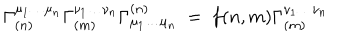
\Gamma _ { ( n ) } ^ { \mu _ { 1 } \ldots \mu _ { n } } \Gamma _ { ( m ) } ^ { \nu _ { 1 } \ldots \nu _ { n } } \Gamma _ { \mu _ { 1 } \ldots \mu _ { n } } ^ { ( n ) } ~ = ~ f ( n , m ) \Gamma _ { ( m ) } ^ { \nu _ { 1 } \ldots \nu _ { n } }